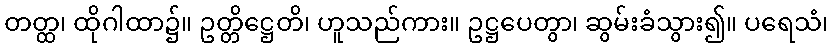
တတ္ထ၊ ထိုဂါထာ၌။ ဥတ္တိဋ္ဌေတိ၊ ဟူသည်ကား။ ဥဋ္ဌပေတွာ၊ ဆွမ်းခံသွား၍။ ပရေသံ၊